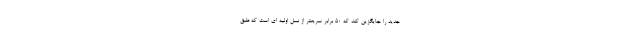
جدید را جایگزین کند که ۵۰ برابر سریعتر از نسل اولیه ای است که طبق